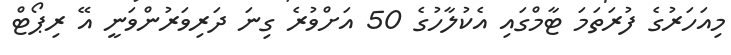
މިއަހަރުގެ ފުރަތަމަ ޓާމްގައި އެކުލާހުގެ 50 އަށްވުރެ ގިނަ ދަރިވަރުންވަނީ އޭ ރިޕޯޓް